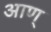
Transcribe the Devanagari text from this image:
आण्